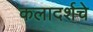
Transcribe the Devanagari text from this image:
कलादर्शचे